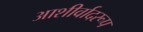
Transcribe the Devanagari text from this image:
आशीर्वादरूप